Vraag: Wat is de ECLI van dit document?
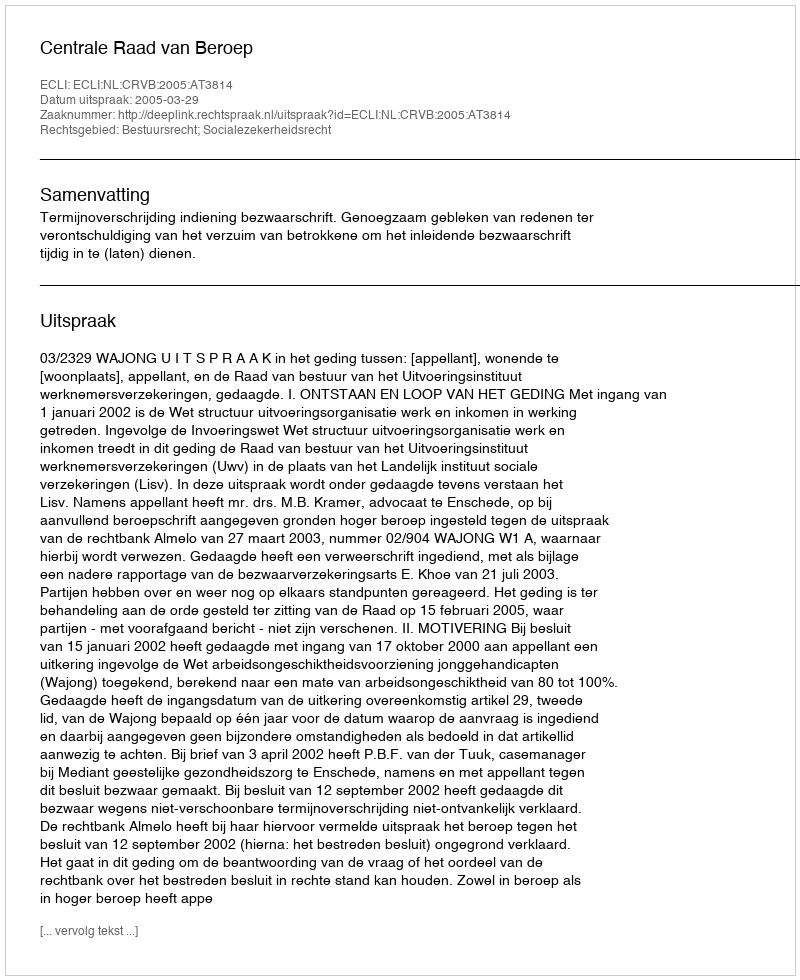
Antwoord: ECLI:NL:CRVB:2005:AT3814